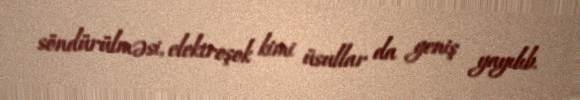
söndürülməsi, elektroşok kimi üsullar da geniş yayılıb.